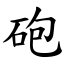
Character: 砲